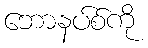
ဘောနပ်စ်ကို